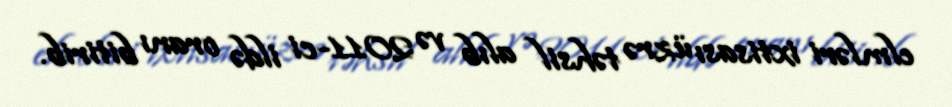
elmləri ixtisası üzrə təhsil alıb və 2011-ci ildə oranı bitirib.